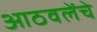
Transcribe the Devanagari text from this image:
आठवलेंचे